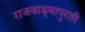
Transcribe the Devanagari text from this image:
राजवाड्यापुरती